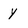
Character: Y